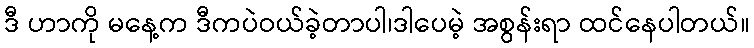
ဒီ ဟာကို မနေ့က ဒီကပဲဝယ်ခဲ့တာပါ၊ဒါပေမဲ့ အစွန်းရာ ထင်နေပါတယ်။